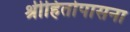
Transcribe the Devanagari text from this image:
श्रीहितोपासना